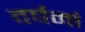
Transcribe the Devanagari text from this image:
वर्षमां